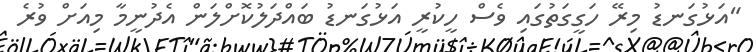
"އަޅުގަނޑު މިރޭ ހަގީގަތުގައި ވެސް ހީކުރީ އަޅުގަނޑު ބައްދަލުކޮށްލަން އެދުނީމާ މިއަށް ވުރެ